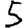
Digit: 5